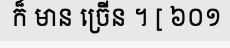
ក៏ មាន ច្រើន ។ [ ៦០១